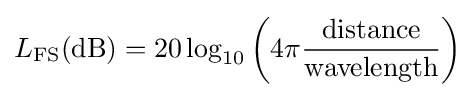
L_{\text{FS}}{\text{(dB)}}=20\log _{10}\left(4\pi {{\text{distance}} \over {\text{wavelength}}}\right)